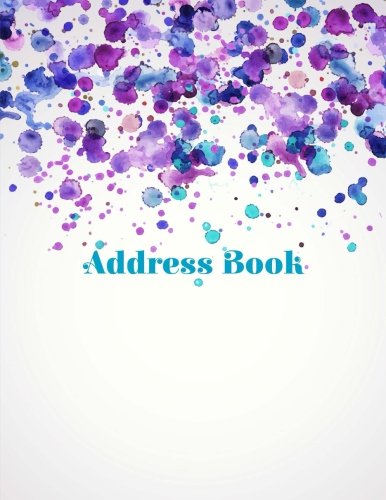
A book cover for Address Book (Beautiful Address Books-Watercolor Splash Design ) (Volume 34); Creative Planners and Journals; Business & Money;